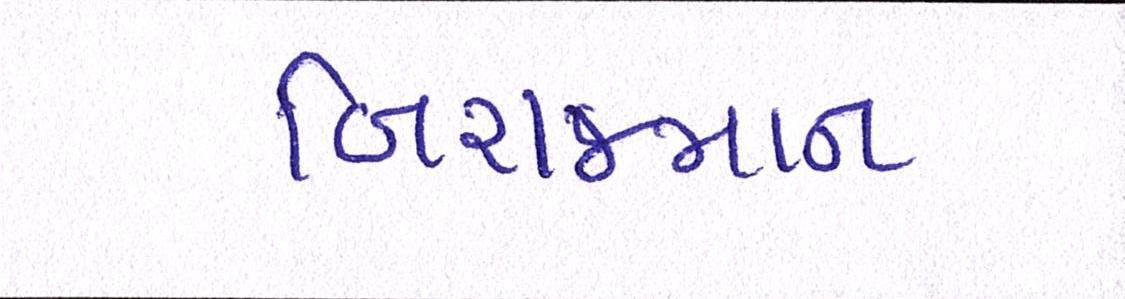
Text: બિરાજમાન